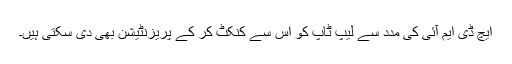
ایچ ڈی ایم آئی کی مدد سے لیپ ٹاپ کو اس سے کنکٹ کر کے پریزنٹیشن بھی دی سکتی ہیں۔